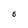
Character: 6